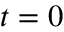
t = 0